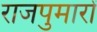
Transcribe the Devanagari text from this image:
राजपुमारों